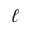
\ell